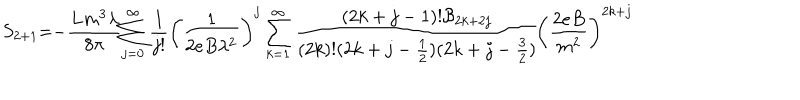
LaTeX: S _ { 2 + 1 } = - \frac { L m ^ { 3 } \lambda } { 8 \pi } \sum _ { j = 0 } ^ { \infty } \frac { 1 } { j ! } \left( \frac { 1 } { 2 e B \lambda ^ { 2 } } \right) ^ { j } \sum _ { k = 1 } ^ { \infty } \frac { ( 2 k + j - 1 ) ! { \cal B } _ { 2 k + 2 j } } { ( 2 k ) ! ( 2 k + j - \frac { 1 } { 2 } ) ( 2 k + j - \frac { 3 } { 2 } ) } \left( \frac { 2 e B } { m ^ { 2 } } \right) ^ { 2 k + j }